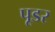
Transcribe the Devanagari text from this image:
पूडर